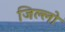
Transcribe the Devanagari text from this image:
जिल्लो